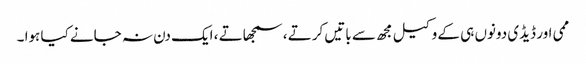
ممی اور ڈیڈی دونوں ہی کے وکیل مجھ سے باتیں کرتے ، سمجھاتے ، ایک دن نہ جانے کیا ہوا ۔